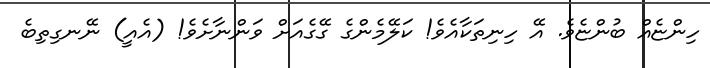
ހިންޏެއް ބުންޏެވެ. އޭ ހިނިތަކާއެވެ! ކަލޭމެންގެ ގޭގެއަށް ވަންނާށެވެ! (އެއީ) ނޭނގިތިބެ